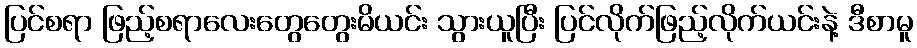
ပြင်စရာ ဖြည့်စရာလေးတွေတွေးမိယင်း သွားယူပြီး ပြင်လိုက်ဖြည့်လိုက်ယင်းနဲ့ ဒီစာမူ